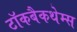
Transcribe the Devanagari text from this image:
टॉकबैकथेम्स